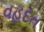
વહદત